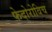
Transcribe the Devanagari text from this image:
फेदोरोविच